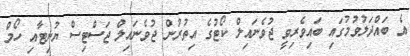
އެ ބައްދަލުވުމުގައި ބައިވެރިވީ ޖުވެނައިލް ކޯޓުގެ އިތުރުން ޖުވެނައިލް ޖަސްޓިސް ޔުނިޓާއި ހޯމް